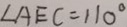
\angle A E C = 1 1 0 ^ { \circ }